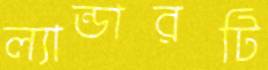
ল্যান্ডারটি